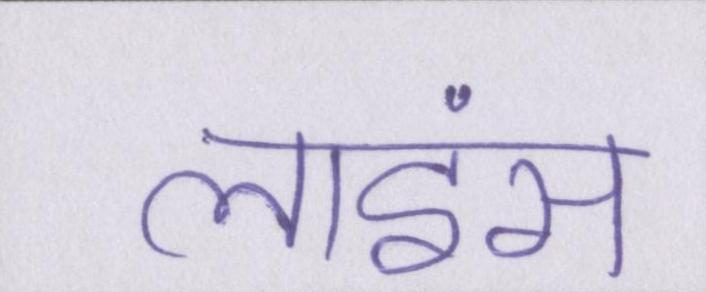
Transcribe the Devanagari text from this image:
लाइंस